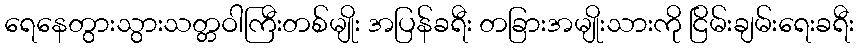
ရေနေတွားသွားသတ္တဝါကြီးတစ်မျိုး အပြန်ခရီး တခြားအမျိုးသားကို ငြိမ်းချမ်းရေးခရီး